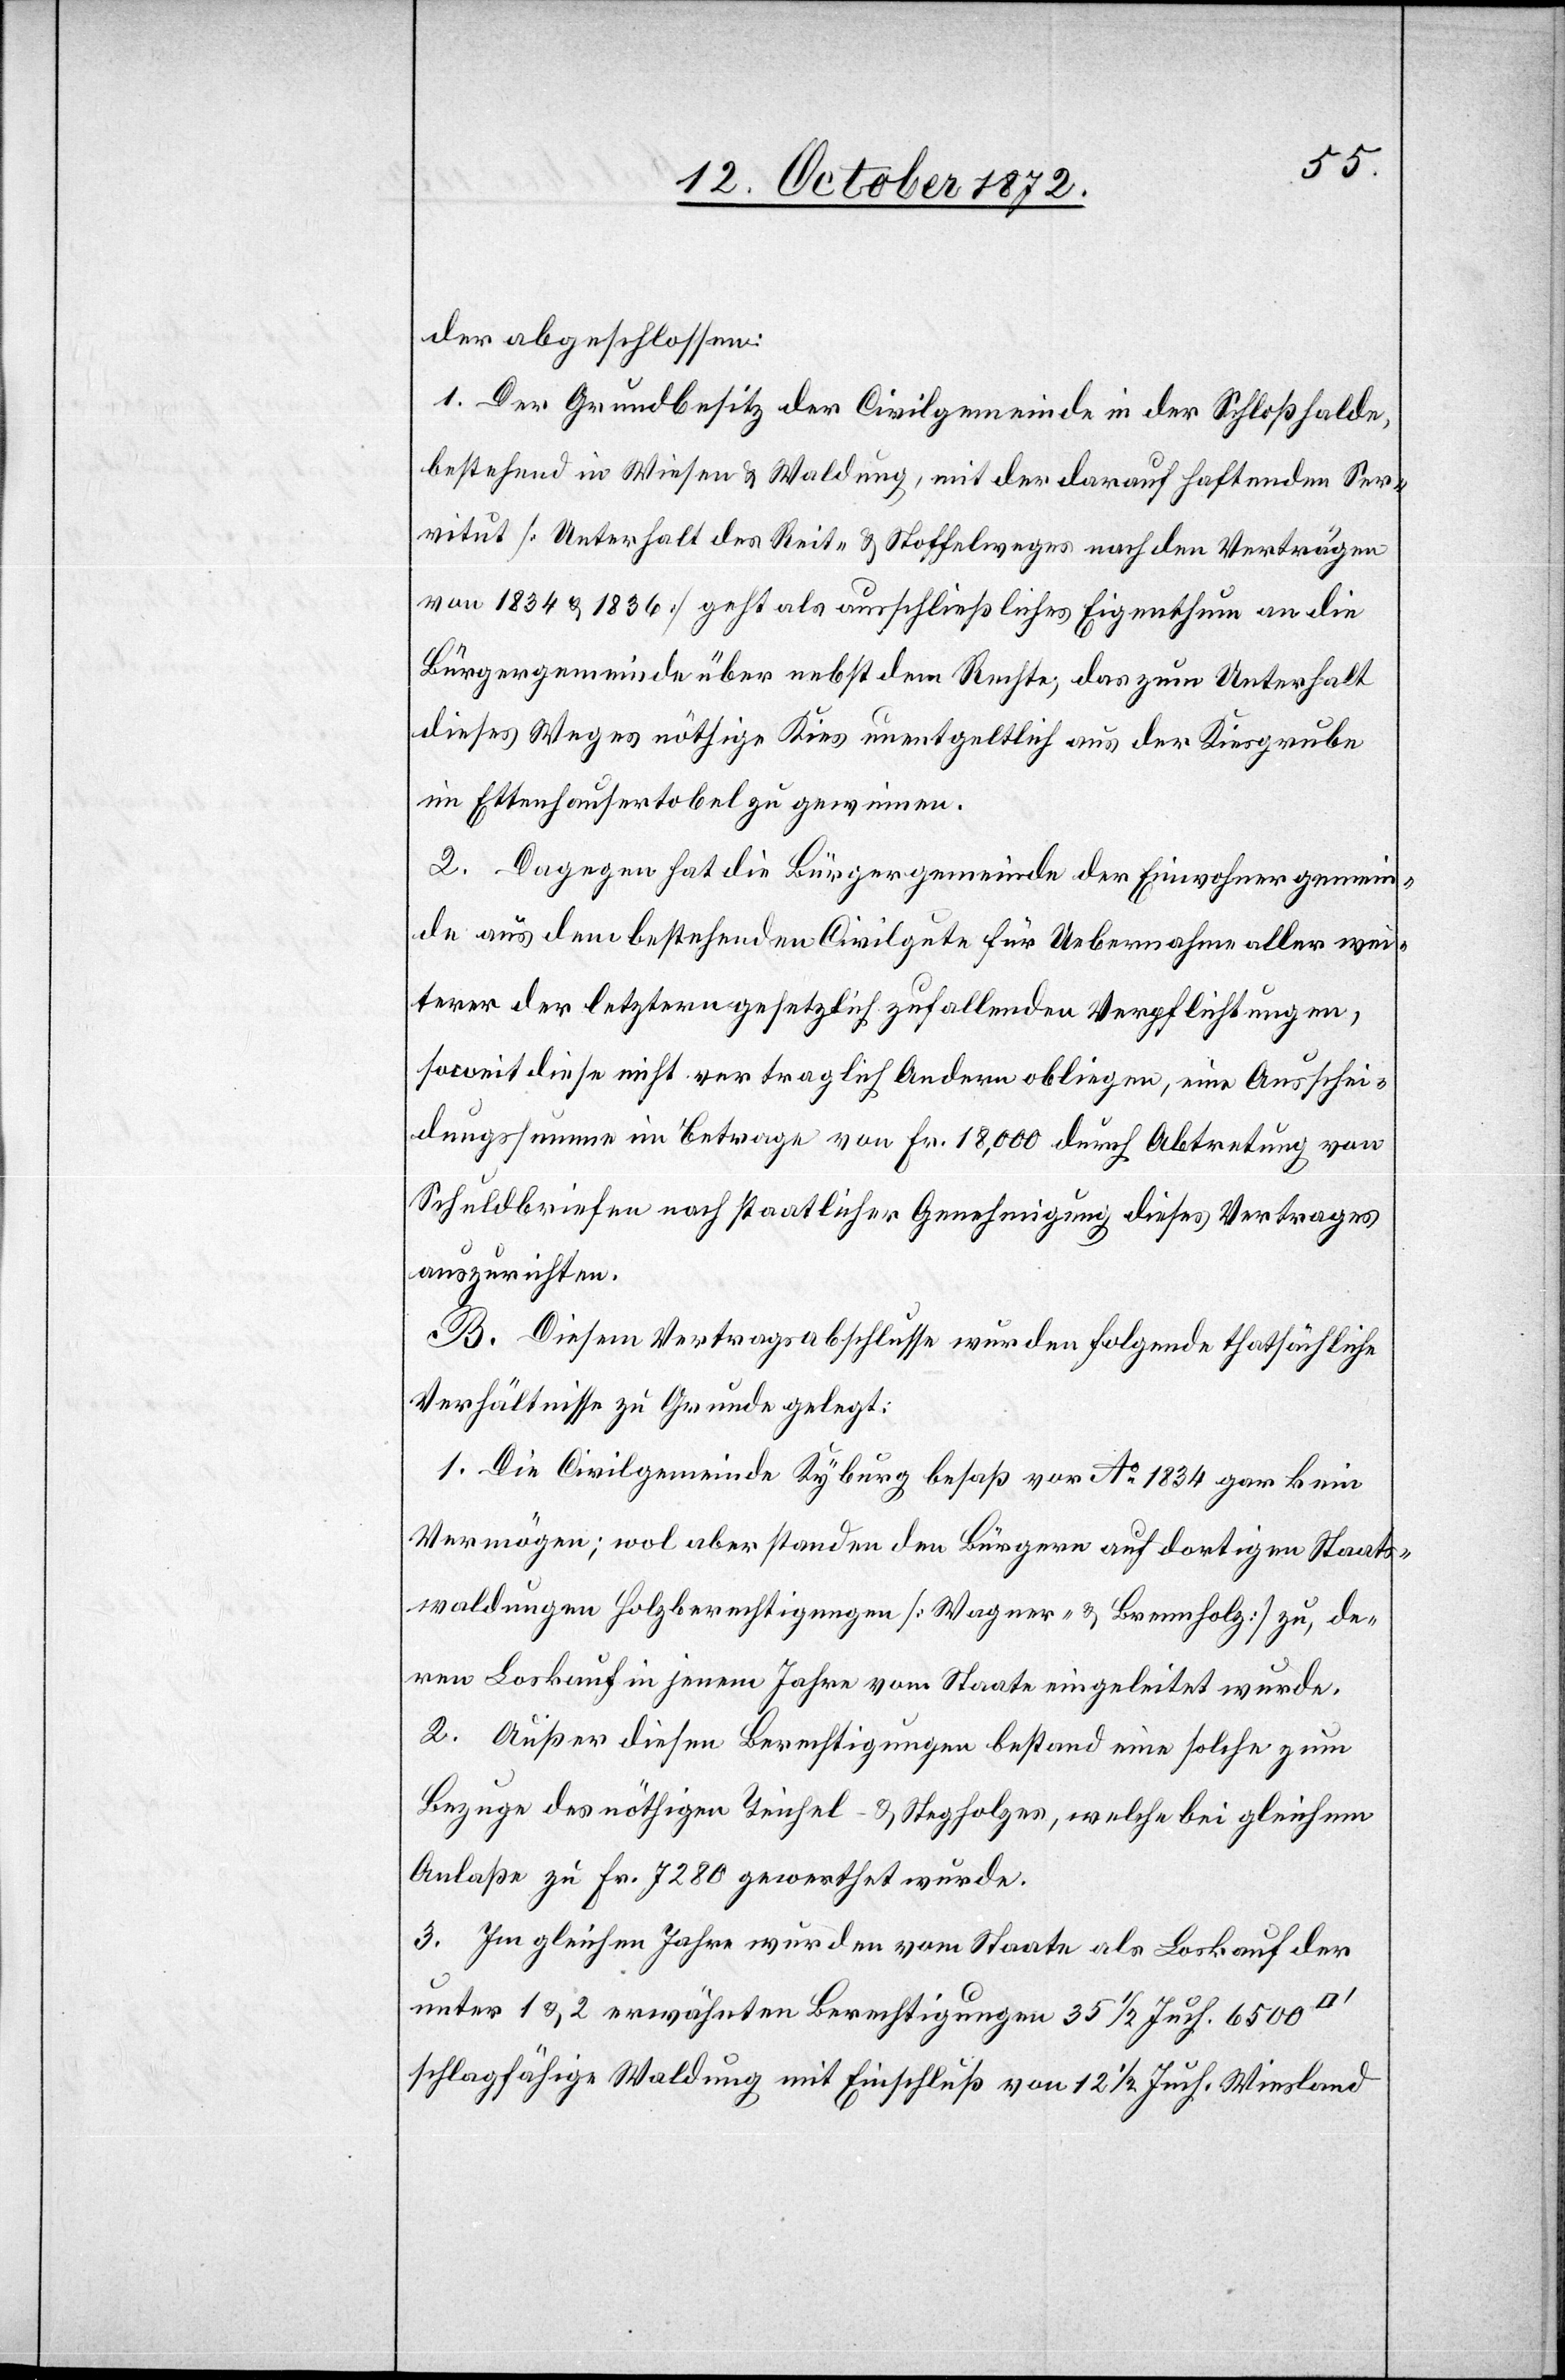
der abgeschlossen:
1. Der Grundbesitz der Civilgemeinde in der Schloßhalde,
bestehend in Wiesen u. Waldung, mit der darauf haftenden Ser¬
vitut [Unterhalt des Reit- u. Stoffelweges nach den Verträgen
von 1834 u. 1836] geht als ausschließliches Eigenthum an die
Bürgergemeinde über nebst dem Rechte, das zum Unterhalt
dieses Weges nöthige Kies unentgeltlich aus der Kiesgrube
im Ettenhausertobel zu gewinnen.
2. Dagegen hat die Bürgergemeinde der Einwohnergemein¬
de aus dem bestehenden Civilgute für Uebernahme aller wei¬
terer der letztern gesetzlich zufallenden Verpflichtungen,
soweit diese nicht vertragliche Andern obliegen, eine Ausschei¬
dungssumme im Betrage von Fr. 18,000 durch Abtretung von
Schuldbriefen nach staatlicher Genehmigung dieses Vertrages
auszurichten.
B. Diesem Vertragsabschlusse wurden folgende thatsächliche
Verhältnisse zu Grunde gelegt:
1. Die Civilgemeinde Kyburg besaß vor Ao 1834 gar kein
Vermögen; wol aber standen den Bürgern auf dortigen Staats¬
waldungen Holzberechtigungen [Wagner- u. Brennholz] zu, de¬
ren Loskauf in jenem Jahre vom Staate eingeleitet wurde.
2. Außer diesen Berechtigungen bestand eine solche zum
Bezuge des nöthigen Teichel- u. Stegholzes, welche bei gleichem
Anlaße zu Fr. 7280 gewerthet wurde.
3. Im gleichen Jahre wurden vom Staate als Loskauf der
unter 1 u. 2. erwähnten Berechtigungen 35 1/2 Juch. 6500
schlagfähige Waldung mit Einschluß von 12 1/2 Juch. Wiesland